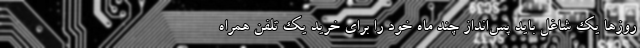
روزها یک شاغل باید پس‌انداز چند ماه خود را برای خرید یک تلفن همراه